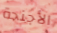
الأجنحة